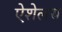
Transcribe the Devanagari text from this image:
ऐशेलस